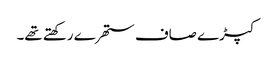
کپڑے صاف ستھرے رکھتے تھے۔